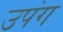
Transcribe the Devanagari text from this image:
उपंग